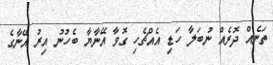
ތަނެއް ދޮރެއް ނުބަލާ ހަޑި އެއްޗެހި ގޮވާ އޭނާޔާ ބެހުނު އިރު އޭނާގެ